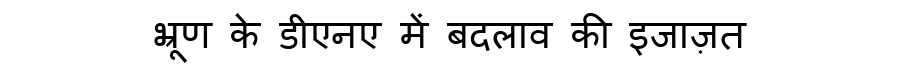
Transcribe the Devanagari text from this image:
भ्रूण के डीएनए में बदलाव की इजाज़त